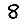
Digit: 8